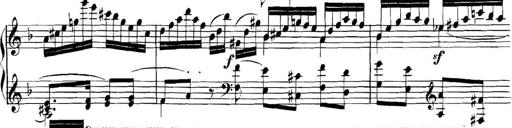
Title: Collected Piano Sonatas
Composer: Muzio Clementi